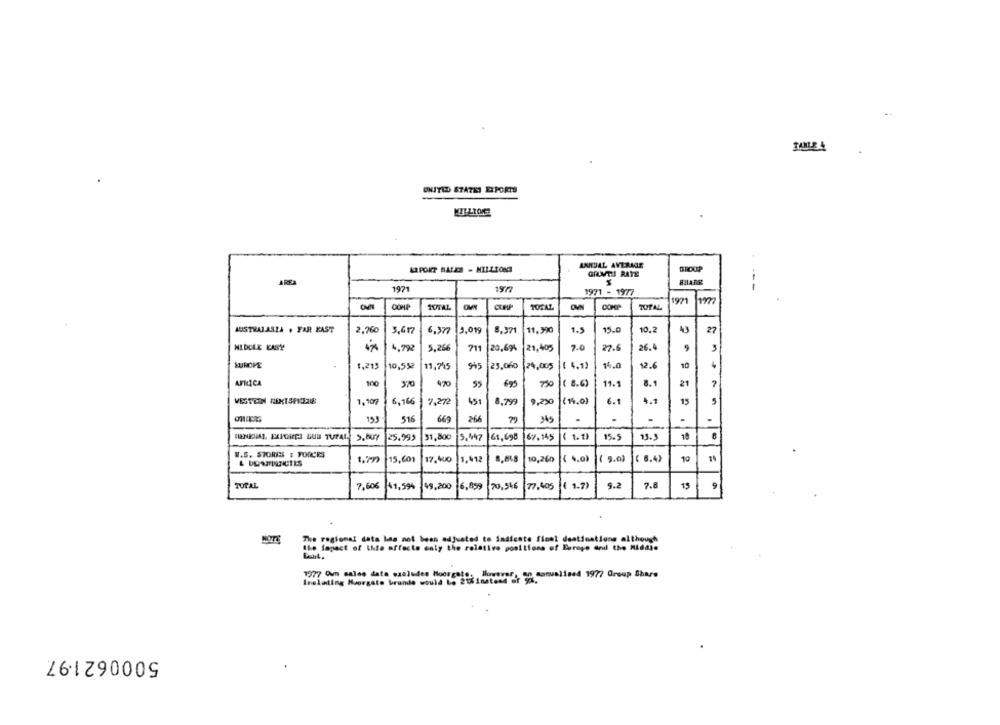
UNITED STATES EXPORTS
KR PORT BASES - MILLIONS
GROUP
GRAMATI! RATE
AREA
BHARR
1971
1971 - 1977
1971
COMP
TOTAL
OVN
TOTAL
OVN
TOTAL
AUSTRALASIA . FAR KAST
2.760
3,617
6,377
13.099
8.371
11.390
1.5
15.0
10.2
43
27
MIDDLE LASY
4,792
5,266
711
20,694
21,405
7.0
27.6
26.4
KUHOPE
1,213
10,552
11,745
945
23,060
24,005
( 4.1)
14.0
12.6
10
AFRICA
100
370
470
55
67
750 ( 8.6)
11.1
8.1
21
7
VESTEN FERTSERIE
1,909
6,166
7,272
451
8.799
9,230 (14.0)
6.5
4.1
15
155
516
669
25.993
31,800
5.447
61,698
67.145
( 1.1)
15.5
13.3
W.S. STORIN : FORCES
15,601
17.400
1.412
8.648
10,260
( 4.0)
( 5.0)
( 6.4)
TOTAL
7,606
49,200 6,859
70,546
77,405
( 1.7)
9.2
7.8
9
41,5%
The regional data has not been adjusted to Indicate final destinations although
the Impact of the effects enty the relative positions of Europe and the Middin
Inelading Moorgate brande would be 212 Inatand or 9%.
1977 Om sales data szaludes Moorgate, However, on aanualised 1977 Group Share
5000621.97